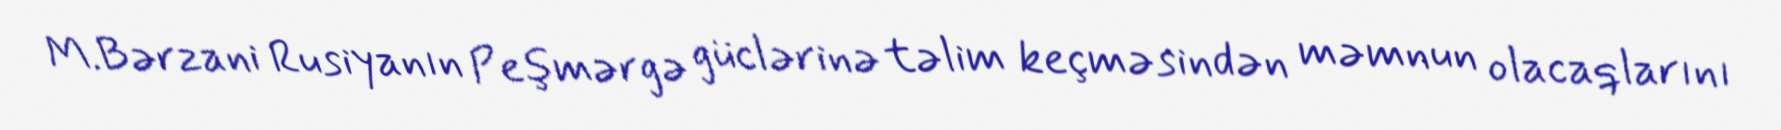
M.Bərzani Rusiyanın Peşmərgə güclərinə təlim keçməsindən məmnun olacaqlarını